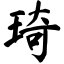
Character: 琦